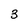
Character: 3